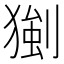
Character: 𤠧